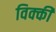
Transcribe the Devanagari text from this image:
विक्‍की